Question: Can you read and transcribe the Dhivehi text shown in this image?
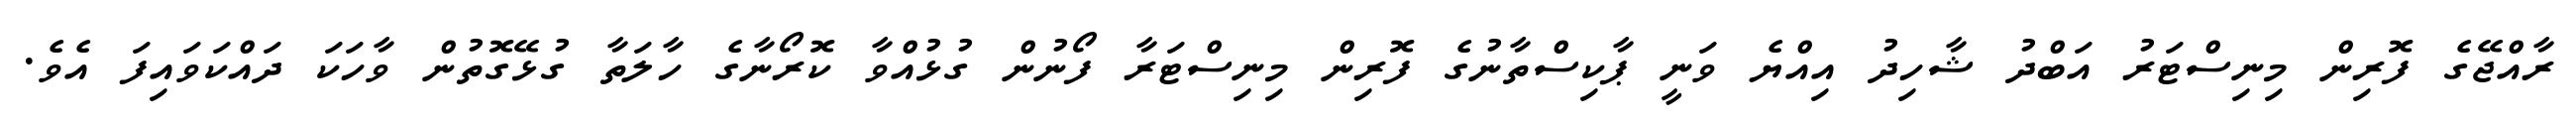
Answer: ރާއްޖޭގެ ފޮރިން މިނިސްޓަރު އަބްދު ޝާހިދު އިއްޔެ ވަނީ ޕާކިސްތާނުގެ ފޮރިން މިނިސްޓަރާ ފޯނުން ގުޅުއްވާ ކޮރޯނާގެ ހާލަތާ ގުޅޭގޮތުން ވާހަކަ ދައްކަވައިފަ އެވެ.